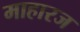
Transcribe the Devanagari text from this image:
माहारज